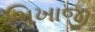
ભિખાજી